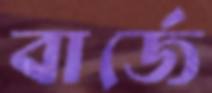
বার্জে